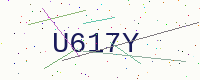
Text: U617Y